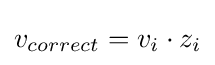
v_{correct}=v_{i}\cdot z_{i}